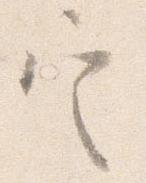
定